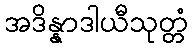
အဒိန္နာဒါယီသုတ္တံ